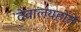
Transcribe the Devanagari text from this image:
देवालयहोते